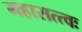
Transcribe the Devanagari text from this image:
महासत्त्वः